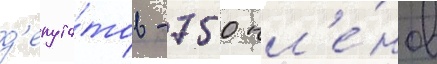
д'епута́тов - 750 чл'е́нов